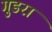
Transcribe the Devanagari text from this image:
गुडरा